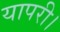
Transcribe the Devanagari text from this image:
यापरी।